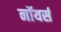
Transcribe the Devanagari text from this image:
नॉयर्स